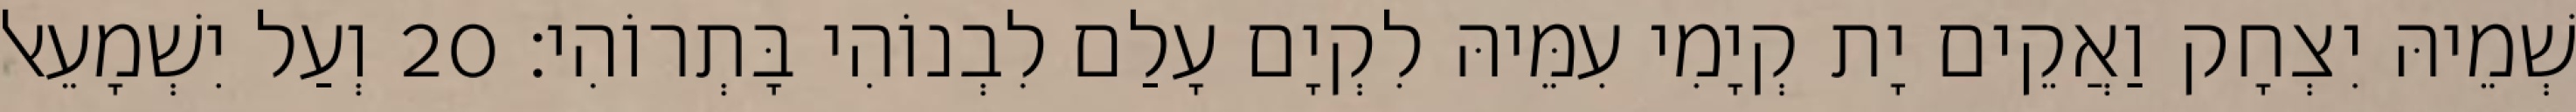
שְׁמֵיהּ יִצְחָק וַאֲקֵים יָת קְיָמִי עִמֵּיהּ לִקְיָם עָלַם לִבְנוֹהִי בָּתְרוֹהִי׃ 20 וְעַל יִשְׁמָעֵאל